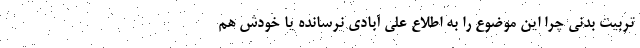
تربیت بدنی چرا این موضوع را به اطلاع علی آبادی نرسانده یا خودش هم